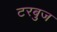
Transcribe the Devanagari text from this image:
टरबुज